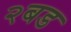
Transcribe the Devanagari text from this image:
२बड